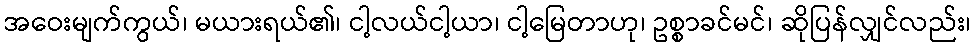
အဝေးမျက်ကွယ်၊ မယားရယ်၏၊ ငါ့လယ်ငါ့ယာ၊ ငါ့မြေတာဟု၊ ဥစ္စာခင်မင်၊ ဆိုပြန်လျှင်လည်း၊